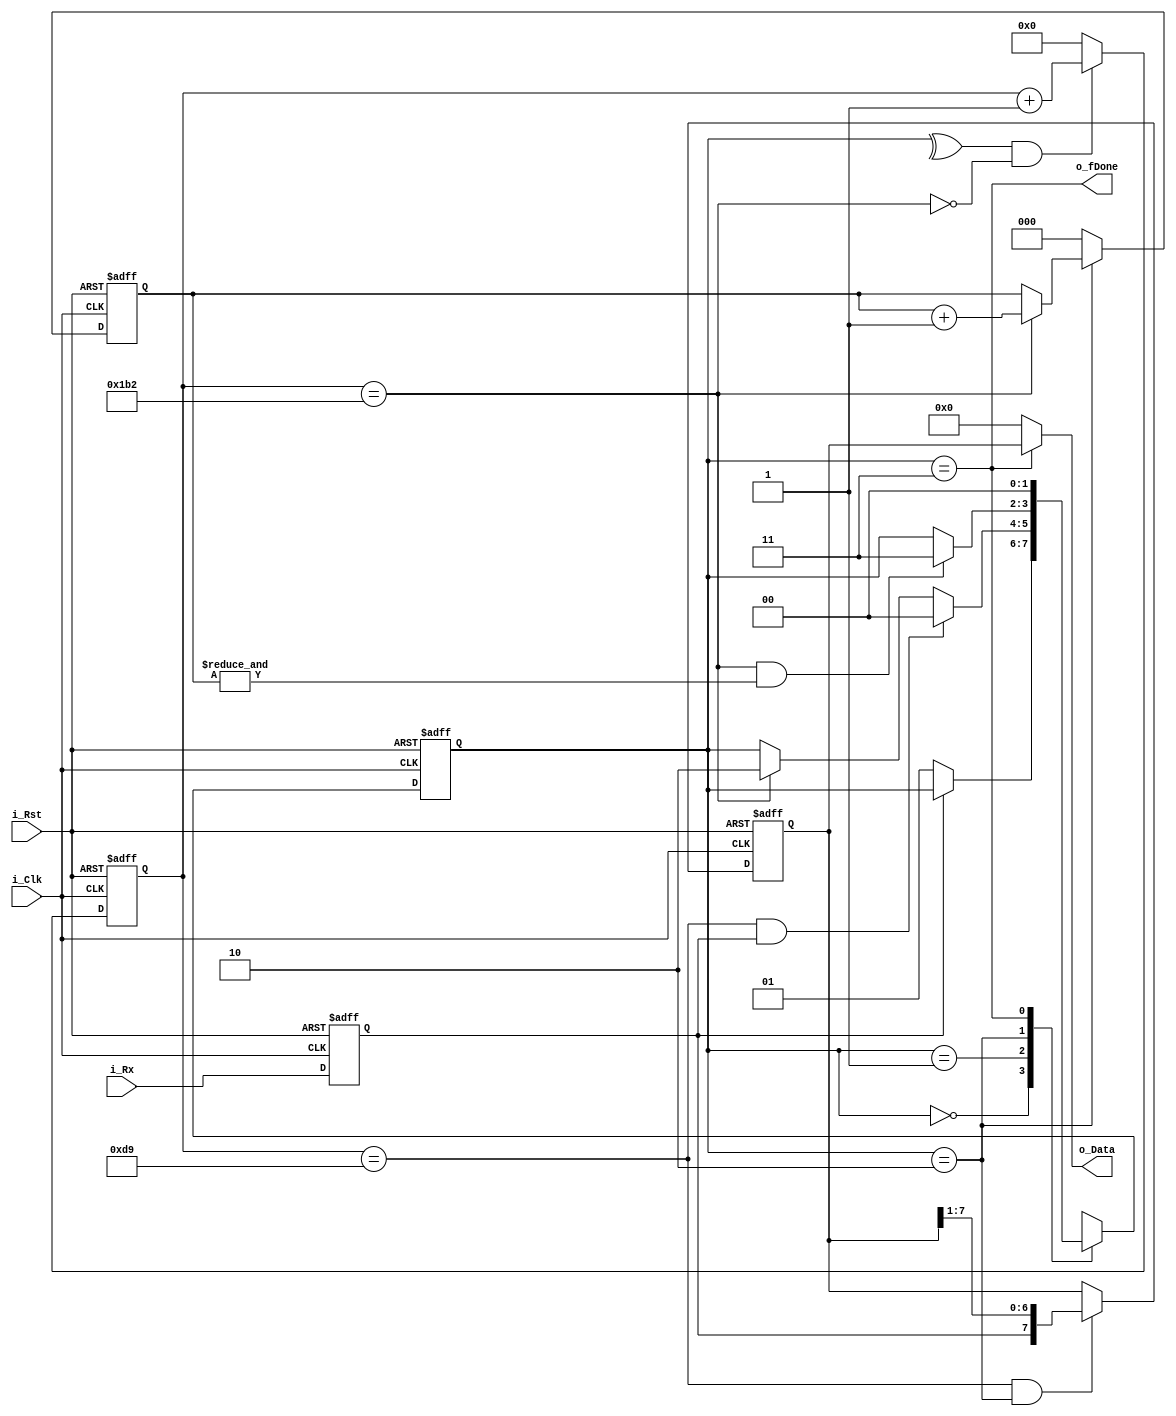
module UART_RX(i_Clk, i_Rst, 
	i_Rx, o_fDone, o_Data);

parameter	BAUD	= 115200;
parameter	CLK_FREQ= 50_000_000;
parameter	CYCLES_PER_BIT	= CLK_FREQ / BAUD;

input	i_Clk;
input	i_Rst;
input	i_Rx;						// uart rxd signal
output	wire			o_fDone;	// when there is received data
output	wire	[7:0]	o_Data;		// received byte 

/* register */
reg		[1:0]	c_State,	n_State;
reg		[8:0]	c_ClkCnt,	n_ClkCnt;		// input i_Clk -> baud rate
reg		[2:0]	c_BitCnt,	n_BitCnt;		// counting the data bit(0 ~ 7)
reg		[7:0]	c_Data,		n_Data;			// current ceceived data
reg				c_Rx,		n_Rx;

wire	fRxData;	// flag for State
wire	fLstClk,	fLstBit,	fCapture;
wire	fIncClkCnt,	fCaptureData;

parameter	IDLE	= 2'h0;	// i_Rx = 1
parameter	RX_START= 2'h1;	// i_Rx = 0;
parameter	RX_DATA	= 2'h2;	// i_Rx = data bit
parameter	RX_STOP	= 2'h3;	// i_Rx = 1;

assign	o_fDone	= c_State == RX_STOP;
assign	o_Data	= o_fDone ? c_Data : 0;

always@(posedge i_Clk, negedge i_Rst)
	if(!i_Rst)	begin
		c_State		= IDLE;
		c_ClkCnt	= 0;
		c_BitCnt	= 0;
		c_Data		= 0;
		c_Rx		= 1;
	end	else begin
		c_ClkCnt	= n_ClkCnt;
		c_State		= n_State;
		c_BitCnt	= n_BitCnt;
		c_Data		= n_Data;
		c_Rx		= n_Rx;
	end

assign	fRxData		= c_State == RX_DATA;
assign	fCapture	= c_ClkCnt == CYCLES_PER_BIT / 2,	// time to check i_Rx
		fLstClk		= c_ClkCnt == CYCLES_PER_BIT,
		fLstBit		= fLstClk && &c_BitCnt;
assign	fIncClkCnt	= ^c_State && !fLstClk,
		fCaptureData= fCapture && fRxData;

always@* begin
	n_Rx		= i_Rx;
	n_Data		= fCaptureData	? {c_Rx, c_Data[7:1]}	: c_Data;
	n_ClkCnt	= fIncClkCnt	? c_ClkCnt + 1			: 0;
	n_BitCnt	= fRxData		? fLstClk ? c_BitCnt+1	: c_BitCnt : 0;

	n_State		= c_State;
	case(c_State)
		IDLE	:	if(!c_Rx)				n_State	= RX_START;
		RX_START:	if(fCapture && c_Rx)	n_State = IDLE;			// ERROR
					else if(fLstClk)		n_State = RX_DATA;
		RX_DATA	:	if(fLstBit)				n_State = RX_STOP;
		RX_STOP	:							n_State = IDLE;
	endcase
end

endmodule